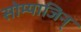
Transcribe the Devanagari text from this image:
सोम्याजिन्